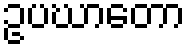
ဥပဃာတော